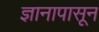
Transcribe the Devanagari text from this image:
ज्ञानापासून